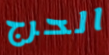
الحرج